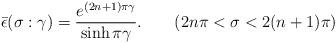
LaTeX: \begin{align*} \bar{\epsilon }(\sigma:\gamma)=\frac{e^{(2n+1)\pi\gamma }}{\sinh\pi\gamma }. \qquad (2n\pi<\sigma<2(n+1)\pi)\end{align*}